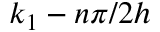
k _ { 1 } - n \pi / 2 h